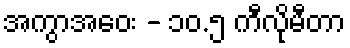
အကွာအဝေး - ၁၀.၅ ကီလိုမီတာ